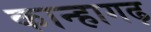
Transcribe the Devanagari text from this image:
कान्हागढ़